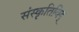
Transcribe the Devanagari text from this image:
संस्कृतिविद्